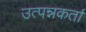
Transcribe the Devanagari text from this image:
उत्पन्नकर्ता